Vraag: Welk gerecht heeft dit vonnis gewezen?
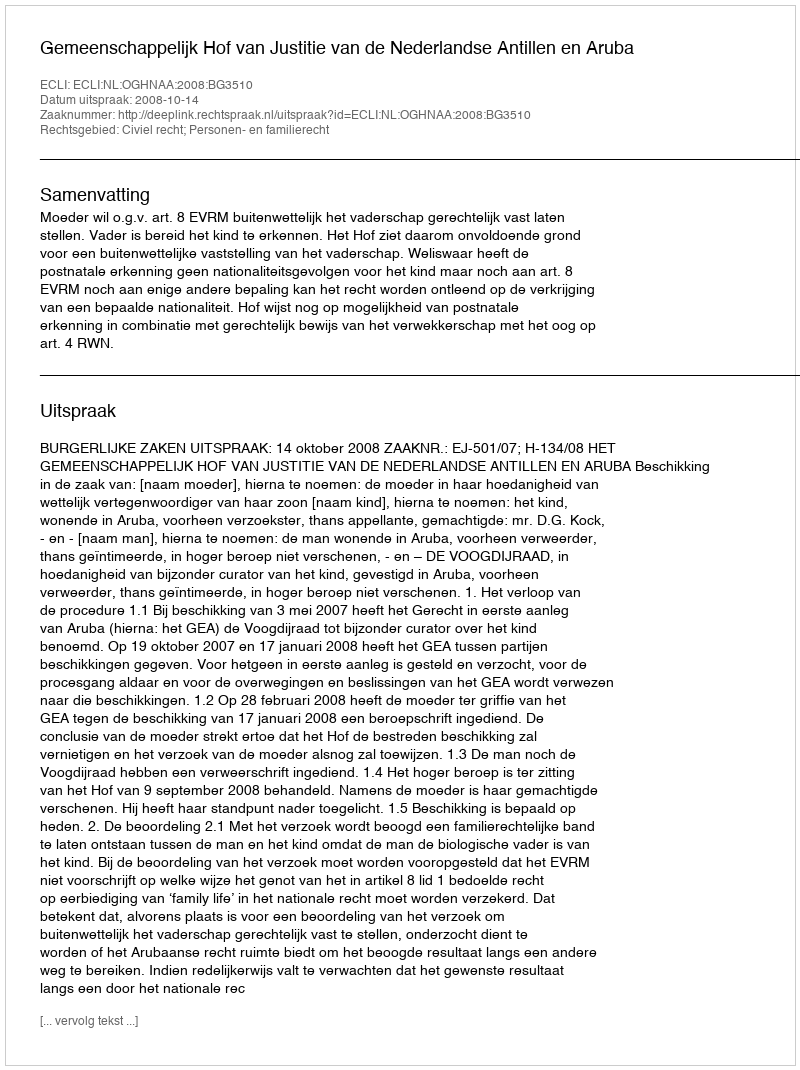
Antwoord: Gemeenschappelijk Hof van Justitie van de Nederlandse Antillen en Aruba